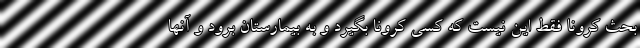
بحث کرونا فقط این نیست که کسی کرونا بگیرد و به بیمارستان برود و آنها